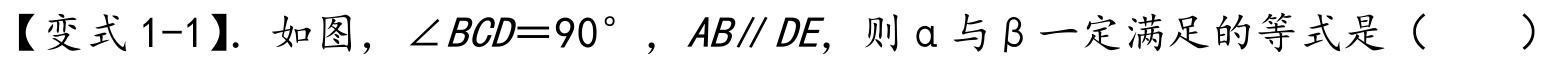
【变式 1-1】. 如图，\(\angle BCD = 90^{\circ}\)，\(AB\parallel DE\)，则 \(\alpha\) 与 \(\beta\) 一定满足的等式是（  ）